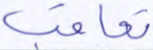
تعاقب